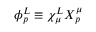
\phi _ { p } ^ { L } \equiv \chi _ { \mu } ^ { L } X _ { p } ^ { \mu }